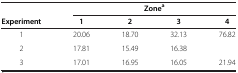
|  | <COLSPAN=4> Zonea |
 | Experiment | 1 | 2 | 3 | 4 |
 | --- | --- | --- | --- | --- |
 | 1 | 20.06 | 18.70 | 32.13 | 76.82 |
 | 2 | 17.81 | 15.49 | 16.38 |  |
 | 3 | 17.01 | 16.95 | 16.05 | 21.94 |